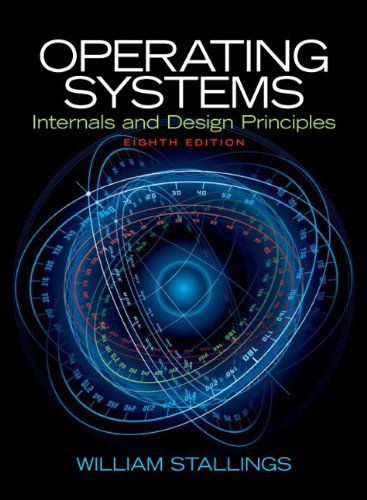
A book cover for Operating Systems: Internals and Design Principles (8th Edition); William Stallings; Computers & Technology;